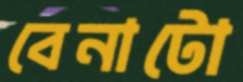
বেনাটো